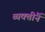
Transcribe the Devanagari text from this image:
व्यक्तींनें